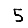
Digit: 5